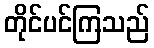
တိုင်ပင်ကြသည်